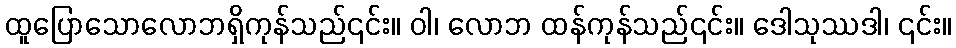
ထူပြောသောလောဘရှိကုန်သည်၎င်း။ ဝါ၊ လောဘ ထန်ကုန်သည်၎င်း။ ဒေါသုဿဒါ၊ ၎င်း။